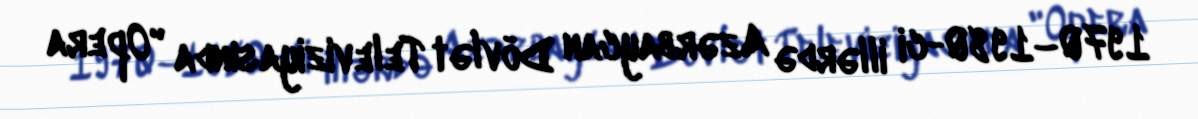
1970–1980-ci illərdə Azərbaycan Dövlət Televiziyasında "Opera